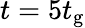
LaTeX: t=5t_{\mathrm{g}}